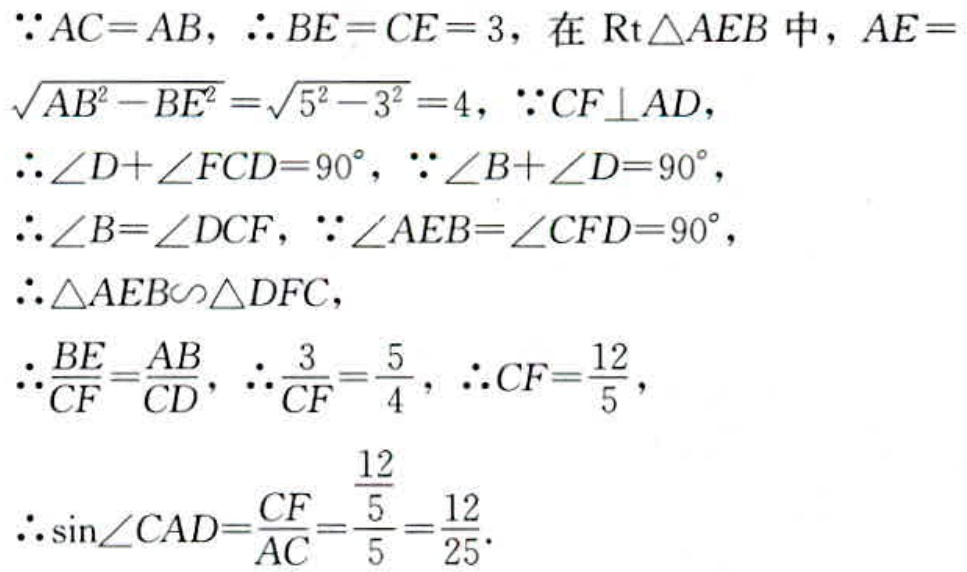
\(\because AC = AB, \therefore BE = CE = 3\), 在 \(\text{Rt}\triangle AEB\) 中, \(AE = \sqrt{AB^{2}-BE^{2}}=\sqrt{5^{2}-3^{2}} = 4\), \(\because CF\perp AD\),
\(\therefore \angle D+\angle FCD = 90^{\circ}, \because \angle B+\angle D = 90^{\circ}\),
\(\therefore \angle B=\angle DCF, \because \angle AEB=\angle CFD = 90^{\circ}\),
\(\therefore \triangle AEB\sim\triangle DFC\),
\(\therefore \frac{BE}{CF}=\frac{AB}{CD}, \therefore \frac{3}{CF}=\frac{5}{4}, \therefore CF=\frac{12}{5}\),
\(\therefore \sin\angle CAD=\frac{CF}{AC}=\frac{\frac{12}{5}}{5}=\frac{12}{25}\).